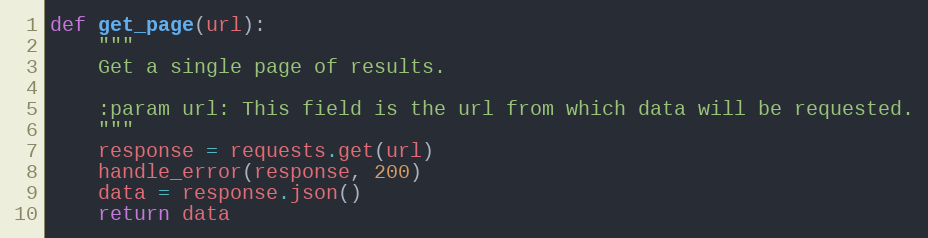
Language: Python
def get_page(url):
    """
    Get a single page of results.

    :param url: This field is the url from which data will be requested.
    """
    response = requests.get(url)
    handle_error(response, 200)
    data = response.json()
    return data